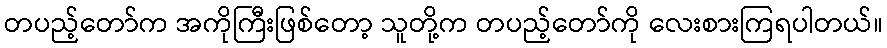
တပည့်တော်က အကိုကြီးဖြစ်တော့ သူတို့က တပည့်တော်ကို လေးစားကြရပါတယ်။